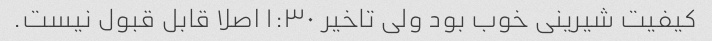
کیفیت شیرینی خوب بود ولی تاخیر ۱:۳۰ اصلا قابل قبول نیست.